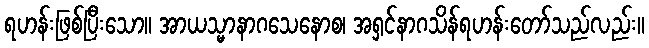
ရဟန်းဖြစ်ပြီးသော။ အာယသ္မာနာဂသေနောစ၊ အရှင်နာဂသိန်ရဟန်းတော်သည်လည်း။